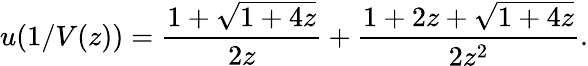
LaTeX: u(1/V(z))={\frac{1+{\sqrt{1+4z}}}{2z}}+{\frac{1+2z+{\sqrt{1+4z}}}{2z^{2}}}.